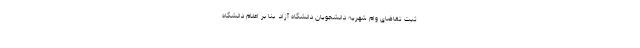
ثبت تقاضای وام شهریه دانشجویان دانشگاه آزاد  بنا بر اعلام دانشگاه